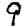
Digit: 9